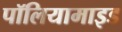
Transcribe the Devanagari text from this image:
पॉलियामाइड